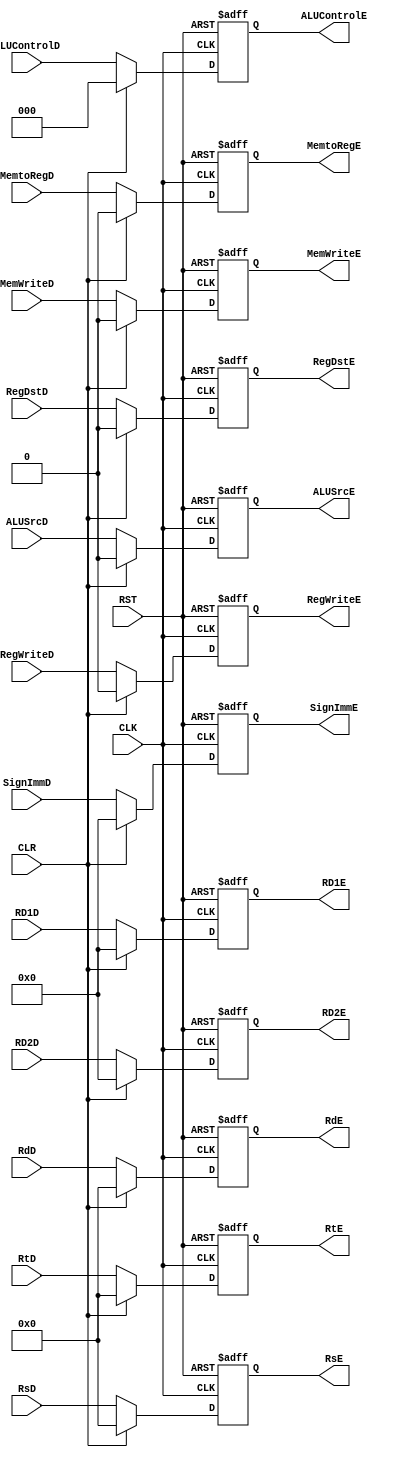
module  reg_excute  #(parameter INPUT_DATA  = 32  ,
                                OUTPUT_DATA = 32)  
(
output  reg    [OUTPUT_DATA-1:0]  RD1E,RD2E,SignImmE,
output  reg    [4:0]              RtE,RdE,RsE,
output  reg                       RegWriteE,MemtoRegE,MemWriteE,ALUSrcE,RegDstE,
output  reg    [2:0]              ALUControlE,
input   wire                      CLK,RST,CLR,
input   wire   [INPUT_DATA-1:0]   RD1D,RD2D,SignImmD,
input   wire   [4:0]              RtD, RdD, RsD,
input   wire                      RegWriteD,MemtoRegD,MemWriteD,ALUSrcD,RegDstD,
input   wire   [2:0]              ALUControlD    
);

always @ ( posedge CLK or negedge RST)
    begin
        if ( ! RST )
            begin
                RD1E <= 32'd0;
                RD2E <= 32'd0;
                RsE <= 32'd0;
                RtE <= 5'd0;
                RdE <= 5'd0;
                SignImmE <= 32'd0;
                RegWriteE <= 1'b0;
                MemtoRegE <= 1'b0;
                MemWriteE <= 1'b0;
                ALUSrcE <= 1'b0;
                RegDstE <= 1'b0;
                ALUControlE <= 3'd0;            
            end
        else if ( CLR )
            begin
                RD1E <= 32'd0;
                RD2E <= 32'd0;
                RsE <= 32'd0;
                RtE <= 5'd0;
                RdE <= 5'd0;
                SignImmE <= 32'd0;
                RegWriteE <= 1'b0;
                MemtoRegE <= 1'b0;
                MemWriteE <= 1'b0;
                ALUSrcE <= 1'b0;
                RegDstE <= 1'b0;
                ALUControlE <= 3'd0;                
            end
        else
            begin
                RD1E <= RD1D;
                RD2E <= RD2D;
                RsE <= RsD;
                RtE <= RtD;
                RdE <= RdD;
                SignImmE <= SignImmD;
                RegWriteE <= RegWriteD;
                MemtoRegE <= MemtoRegD;
                MemWriteE <= MemWriteD;
                ALUSrcE <= ALUSrcD;
                RegDstE <= RegDstD;
                ALUControlE <= ALUControlD;
            end
    end
endmodule